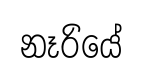
නෑරියේ